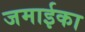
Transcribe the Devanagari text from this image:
जमाईका